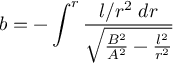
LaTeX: b = - \int ^ { r } \frac { l / r ^ { 2 } \; d r } { \sqrt { \frac { B ^ { 2 } } { A ^ { 2 } } - \frac { l ^ { 2 } } { r ^ { 2 } } } }